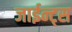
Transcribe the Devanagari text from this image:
जाईन्ट्स